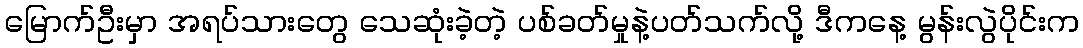
မြောက်ဦးမှာ အရပ်သားတွေ သေဆုံးခဲ့တဲ့ ပစ်ခတ်မှုနဲ့ပတ်သက်လို့ ဒီကနေ့ မွန်းလွဲပိုင်းက